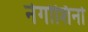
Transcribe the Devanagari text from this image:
नेगोशिनो